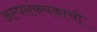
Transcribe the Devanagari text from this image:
अल्पसंकयकाची